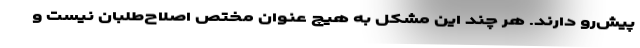
پیش‌رو دارند. هر چند این مشکل به هیچ عنوان مختص اصلاح‌طلبان نیست و